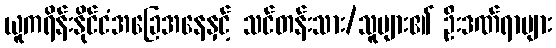
ယူကရိန်းနိုင်ငံအခြေအနေနှင့် သင်တန်းသား/သူများ၏ ဦးဒဏ်ရာများ